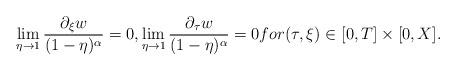
LaTeX: \begin{align*} \displaystyle\lim_{\eta\to 1}\frac{ \partial_\xi w}{(1-\eta)^\alpha}=0,\displaystyle\lim_{\eta\to 1}\frac{ \partial_\tau w}{(1-\eta)^\alpha}=0 for (\tau,\xi)\in[0,T]\times[0,X].\end{align*}